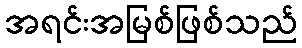
အရင်းအမြစ်ဖြစ်သည်